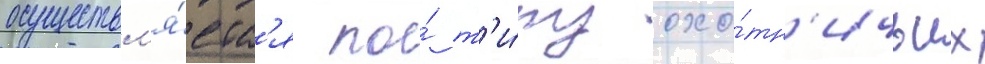
осуществл'я́етс'я по́ т'и́пу охо́тн'ичьих